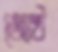
জ্যেষ্ঠ